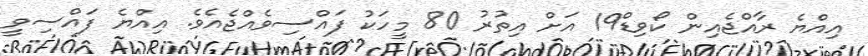
އިއްޔެ ރާއްޖެއިން ކޯވިޑް19 އަށް އިތުރު 80 މީހަކު ފައްސިވެެއްޖެއެވެ. އިއްޔެ ފައްސިވީ